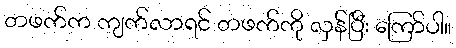
တဖက်က ကျက်လာရင် တဖက်ကို လှန်ပြီး ကြော်ပါ။